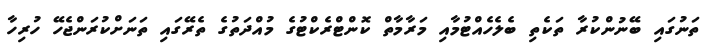
ތަނުގައި ބޭނުންކުރާ ތަކެތި ބެލެހެއްޓުމާއި މަރާމާތް ކޮންޓްރެކްޓުގެ މުއްދަތުގެ ތެރޭގައި ތަނަށްކުރަންޖެހޭ ހުރިހާ